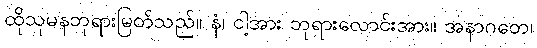
ထိုသုမနဘုရားမြတ်သည်။ နံ၊ ငါ့အား ဘုရားလောင်းအား။ အနာဂတေ၊